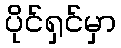
ပိုင်ရှင်မှာ